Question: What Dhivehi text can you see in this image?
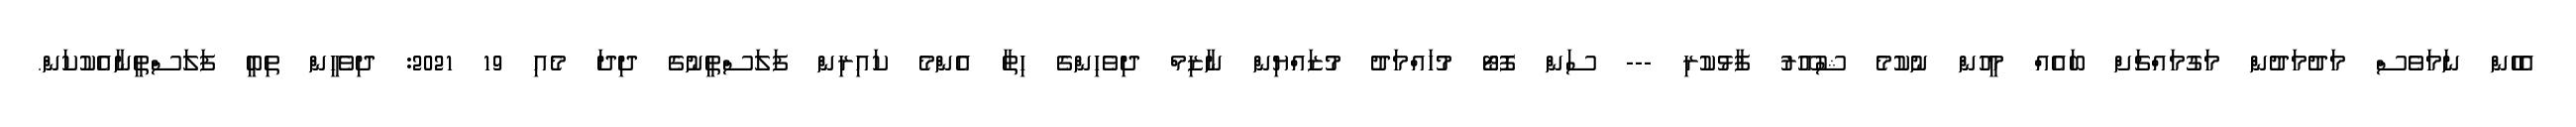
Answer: އެހެން ނަމަވެސް މަދުމަދުން މަގުމައްޗަށް ބައެއް މީހުން ނުކުމެ ޝުއޫރު ފާޅުކުރި --- ސަން ފޮޓޯ މުހައްމަދު މުޒައްޔިން ނާޒިމް ދިވެހިންގެ ހިތާ އެންމެ ކައިރިން ފަލަސްތީނުގެ ދިދަ މެއި 19 2021: ދިވެހީން ތިބީ ފަލަސްތީނާއެކުކަން.